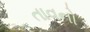
તાવનો